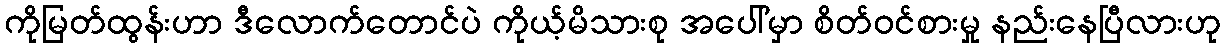
ကိုမြတ်ထွန်းဟာ ဒီလောက်တောင်ပဲ ကိုယ့်မိသားစု အပေါ်မှာ စိတ်ဝင်စားမှု နည်းနေပြီလားဟု